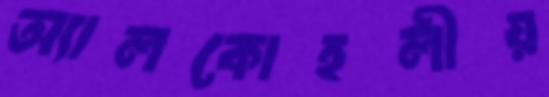
অ্যালকোহলীয়